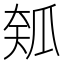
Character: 𱰅